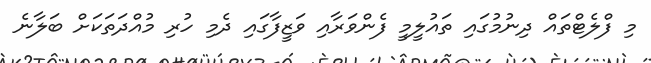
މި ފްލެޓްތައް ދިނުމުގައި ތައުލީމީ ފެންވަރާއި ވަޒީފާގައި ދެމި ހުރި މުއްދަތަކަށް ބަލާނެ